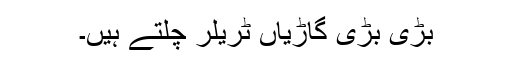
بڑی بڑی گاڑیاں ٹریلر چلتے ہیں۔